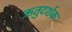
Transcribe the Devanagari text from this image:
ऋतुदर्शक